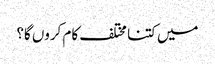
میں کتنا مختلف کام کروں گا؟